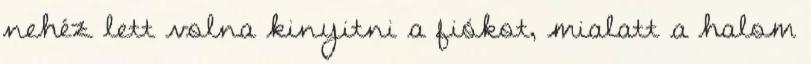
nehéz lett volna kinyitni a fiókot, mialatt a halom